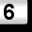
Digit: 6